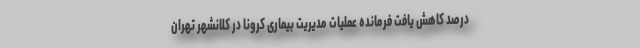
درصد کاهش یافت فرمانده عملیات مدیریت بیماری کرونا در کلانشهر تهران